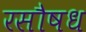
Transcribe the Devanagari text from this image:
रसौषध